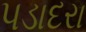
પડાદરા